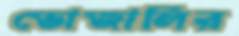
ভোজালির